18_6369445_General_1948_Vol_1
Agency: Department of War
Incident date: 6/15/48
Page 15
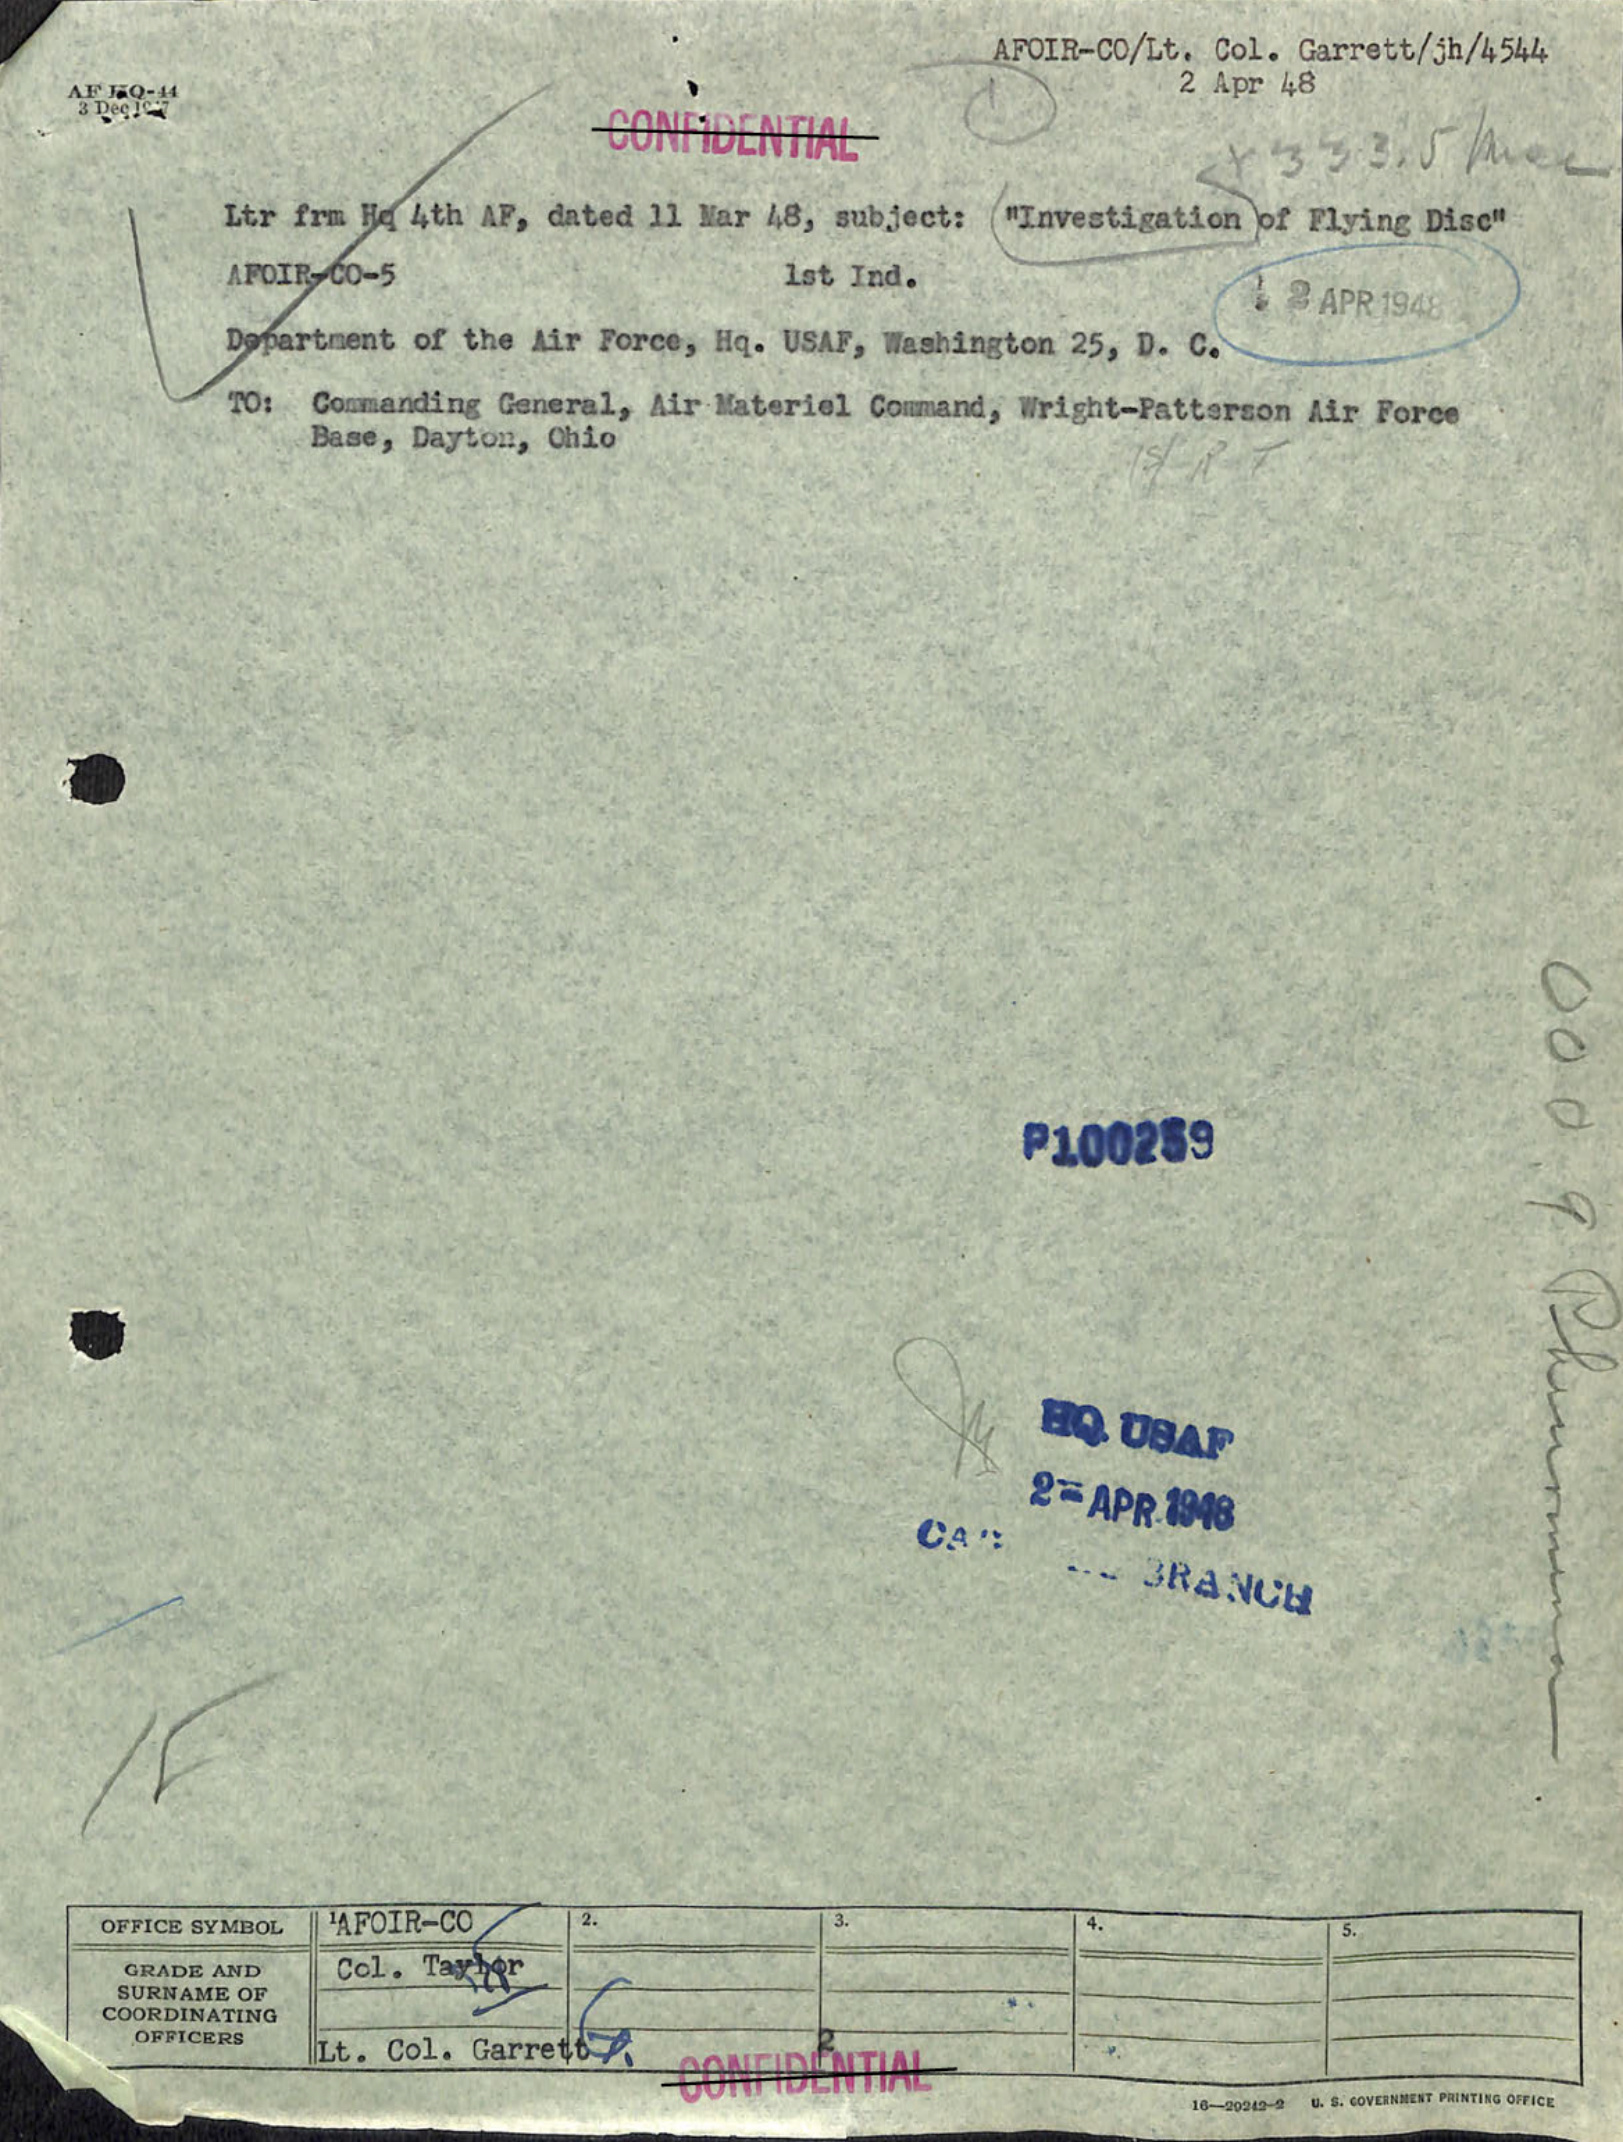